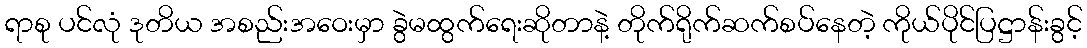
ရာစု ပင်လုံ ဒုတိယ အစည်းအဝေးမှာ ခွဲမထွက်ရေးဆိုတာနဲ့ တိုက်ရိုက်ဆက်စပ်နေတဲ့ ကိုယ်ပိုင်ပြဋ္ဌာန်းခွင့်